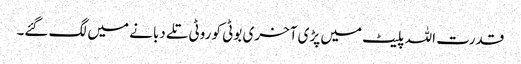
قدرت اللہ پلیٹ میں پڑی آخری بوٹی کو روٹی تلے دبانے میں لگ گئے۔